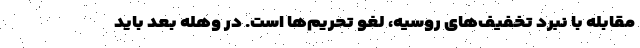
مقابله با نبرد تخفیف‌های روسیه، لغو تحریم‌ها است. در وهله بعد باید